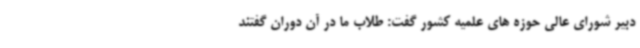
دبیر شورای عالی حوزه های علمیه کشور گفت: طلاب ما در آن دوران گفتند